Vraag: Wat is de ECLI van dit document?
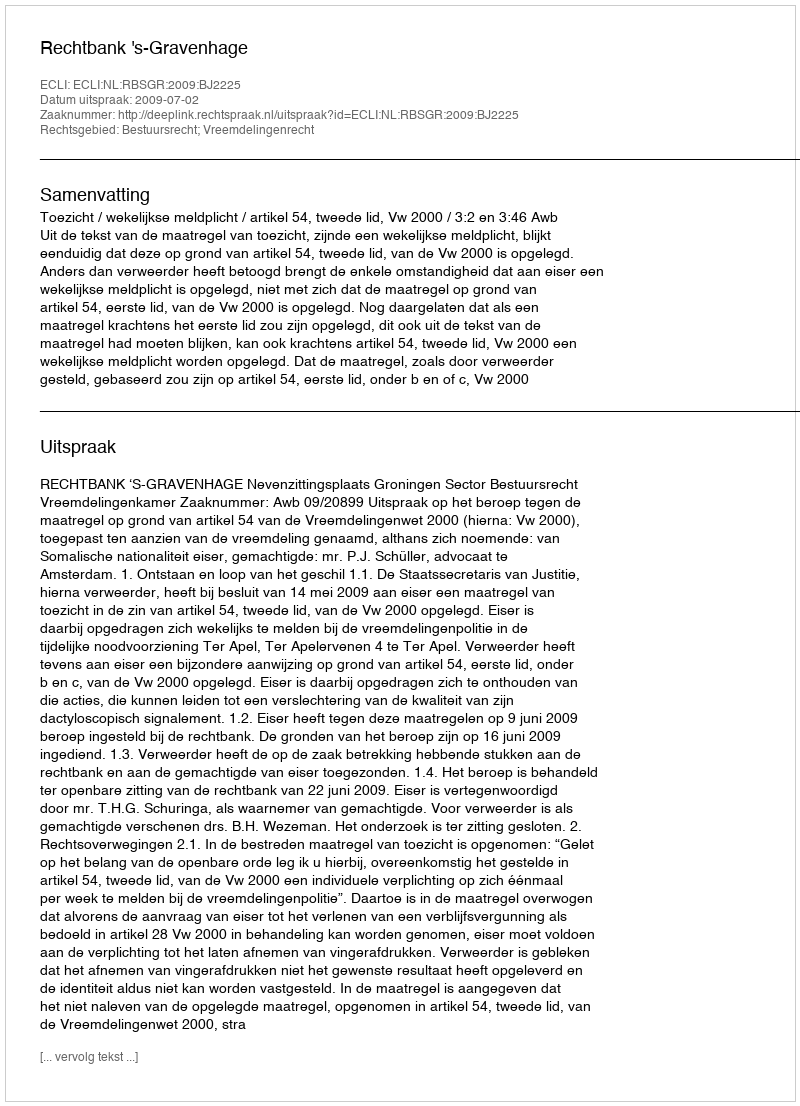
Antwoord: ECLI:NL:RBSGR:2009:BJ2225